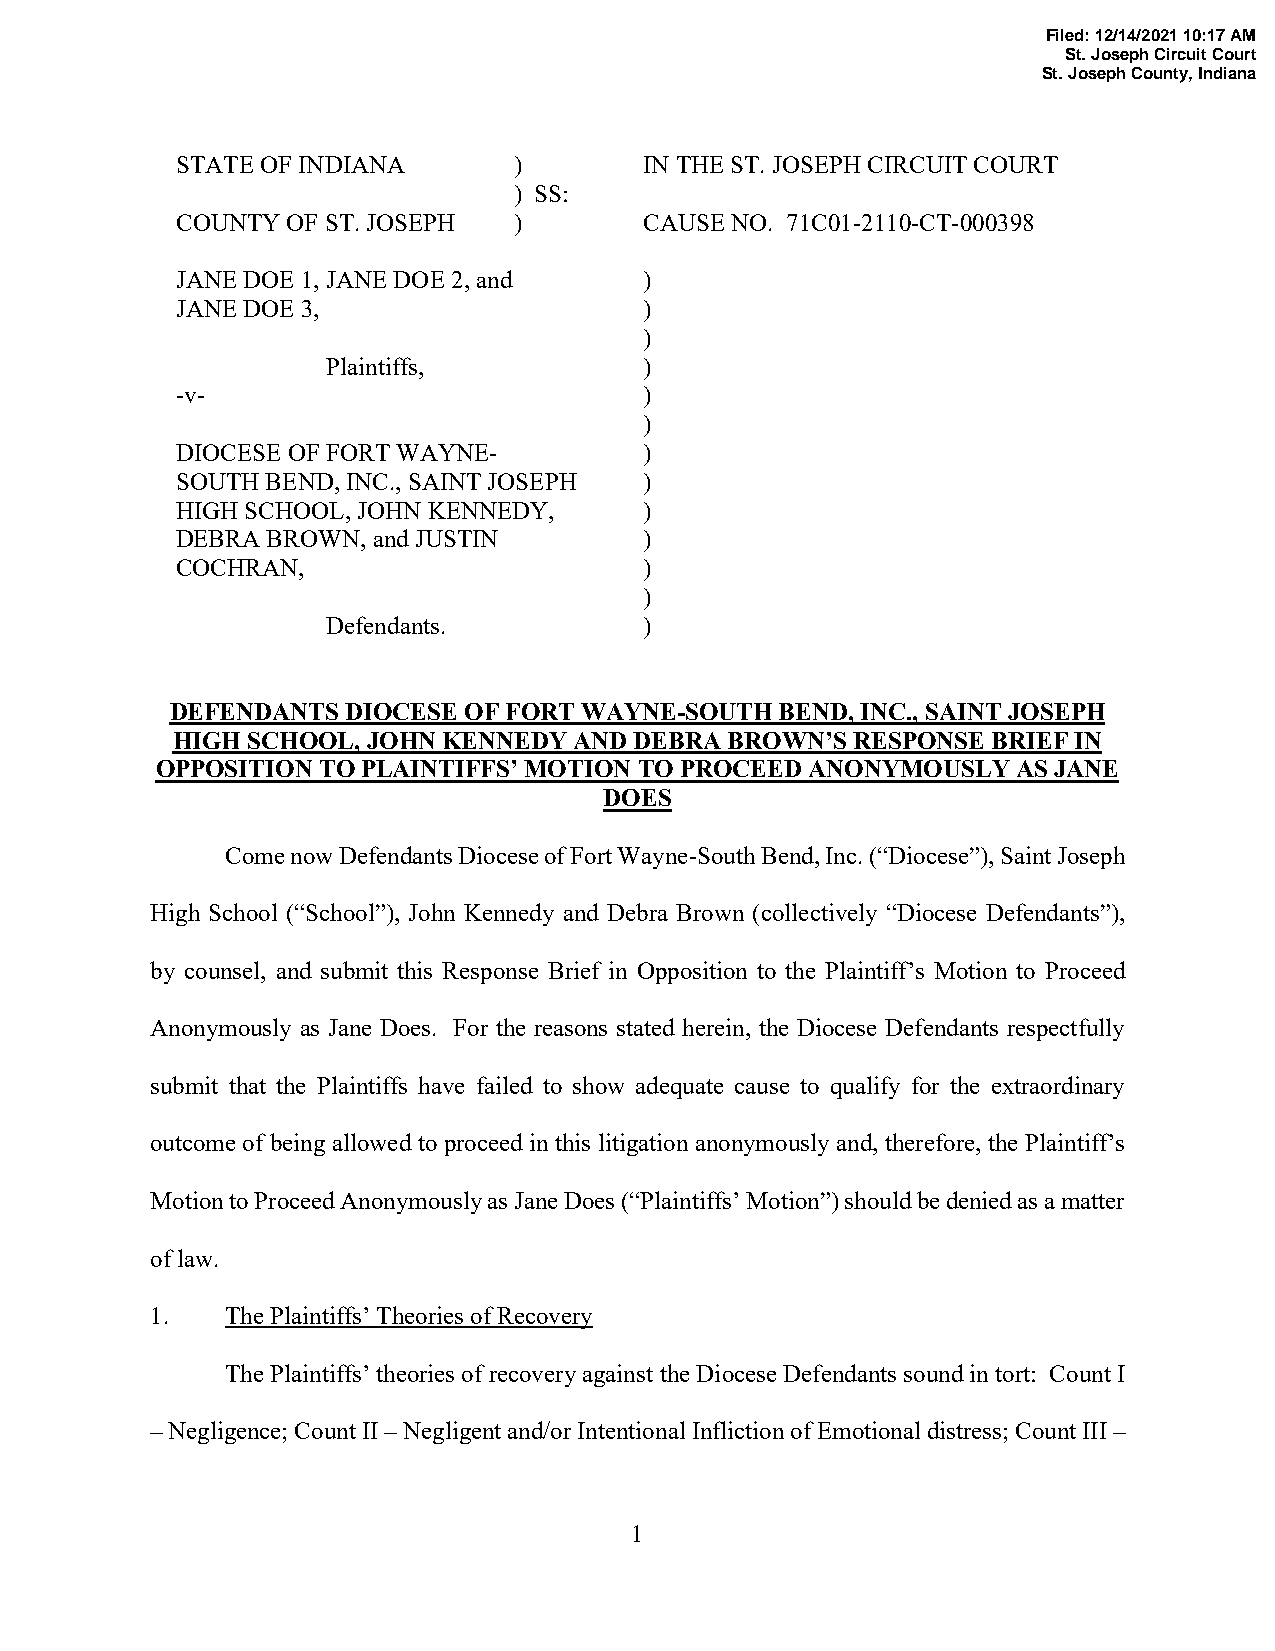
Filed: 12/14/2021 10:17 AM
 St. Joseph Circuit Court
 St. Joseph County, Indiana
 STATE OF INDIANA      )        IN THE ST. JOSEPH CIRCUIT COURT
 ) SS:
 COUNTY OF ST. JOSEPH  )        CAUSE NO. 71C01-2110-CT-000398
 JANE DOE 1, JANE DOE 2, and    )
 JANE DOE 3,                    )
 )
 Plaintiffs,          )
 -v-                            )
 )
 DIOCESE OF FORT WAYNE-         )
 SOUTH BEND, INC., SAINT JOSEPH )
 HIGH SCHOOL, JOHN KENNEDY,     )
 DEBRA BROWN, and JUSTIN        )
 COCHRAN,                       )
 )
 Defendants.          )
 DEFENDANTS  DIOCESE OF FORT WAYNE-SOUTH  BEND, INC., SAINT JOSEPH
 HIGH SCHOOL, JOHN KENNEDY  AND DEBRA BROWN’S RESPONSE  BRIEF IN
 OPPOSITION TO PLAINTIFFS’ MOTION TO PROCEED ANONYMOUSLY  AS JANE
 DOES
 Come now Defendants Diocese of Fort Wayne-South Bend, Inc. (“Diocese”), Saint Joseph
 High School (“School”), John Kennedy and Debra Brown (collectively “Diocese Defendants”),
 by counsel, and submit this Response Brief in Opposition to the Plaintiff’s Motion to Proceed
 Anonymously as Jane Does. For the reasons stated herein, the Diocese Defendants respectfully
 submit that the Plaintiffs have failed to show adequate cause to qualify for the extraordinary
 outcome of being allowed to proceed in this litigation anonymously and, therefore, the Plaintiff’s
 Motion to Proceed Anonymously as Jane Does (“Plaintiffs’ Motion”) should be denied as a matter
 of law.
 1.   The Plaintiffs’ Theories of Recovery
 The Plaintiffs’ theories of recovery against the Diocese Defendants sound in tort: Count I
 – Negligence; Count II – Negligent and/or Intentional Infliction of Emotional distress; Count III –
 1